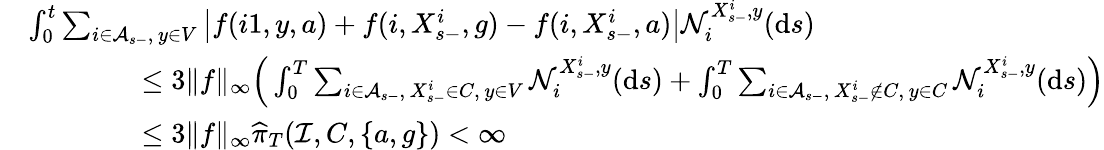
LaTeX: \begin{array}{rl}&{\int_{0}^{t}\sum_{i\in\mathcal A_{s-},\, y\in V}\left|f{(i1,y,a)}+f{(i,X_{s-}^{i},g)}-f{(i,X_{s-}^{i},a)}\right|\mathcal N_{i}^{X_{s-}^{i},y}(\mathrm{d}s)}\\ &{\qquad\qquad\leq 3\| f\| _{\infty}\Big(\int_{0}^{T}\sum_{i\in\mathcal A_{s-},\, X_{s-}^{i}\in C,\, y\in V}\mathcal N_{i}^{X_{s-}^{i},y}(\mathrm{d}s)+\int_{0}^{T}\sum_{i\in\mathcal A_{s-},\, X_{s-}^{i}\not\in C,\, y\in C}\mathcal N_{i}^{X_{s-}^{i},y}(\mathrm{d}s)\Big)}\\ &{\qquad\qquad\leq 3\| f\| _{\infty}\widehat{\pi}_{T}(\mathcal I,C,\{ a,g\} )<\infty}\end{array}